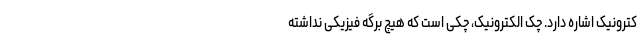
کترونیک اشاره دارد. چک الکترونیک، چکی است که هیچ برگه فیزیکی نداشته